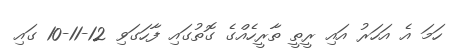
ހަމަ އެ އަހަރު އައި ރީތީ ތާރީހެއްގެ ގޮތުގައި ފާހަގަވި 12-11-10 ގައި